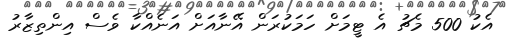
އެކު 500 މެޗު އެ ޓީމަށް ހަމަކުރަން އޭނާއަށް އަނެއްކާ ވެސް އިންތިޒާރު